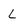
Character: L